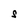
Character: S